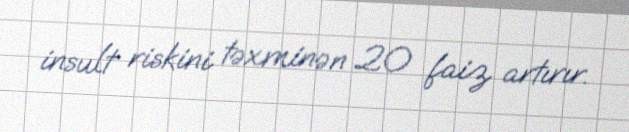
insult riskini təxminən 20 faiz artırır.